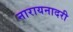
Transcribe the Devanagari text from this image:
नारायनादरी